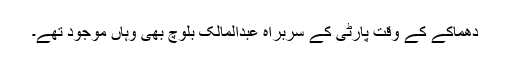
دھماکے کے وقت پارٹی کے سربراہ عبدالمالک بلوچ بھی وہاں موجود تھے۔